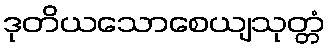
ဒုတိယသောစေယျသုတ္တံ